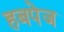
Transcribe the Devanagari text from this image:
हबपेज